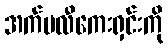
အက်ပလီကေးရှင်းကို